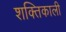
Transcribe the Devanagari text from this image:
शक्‍तिकाली